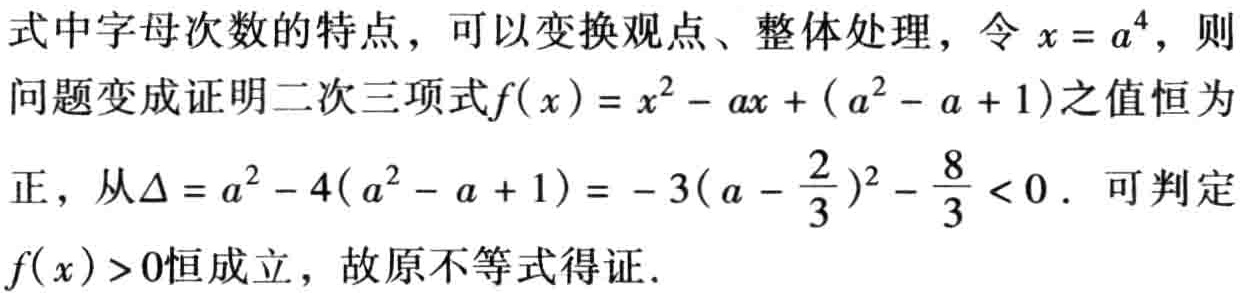
式中字母次数的特点，可以变换观点、整体处理，令\(x = a^{4}\)，则问题变成证明二次三项式\(f(x)=x^{2}-ax+(a^{2}-a + 1)\)之值恒为正，从\(\Delta=a^{2}-4(a^{2}-a + 1)=-3(a - \frac{2}{3})^{2}-\frac{8}{3}<0\)。可判定\(f(x)>0\)恒成立，故原不等式得证。